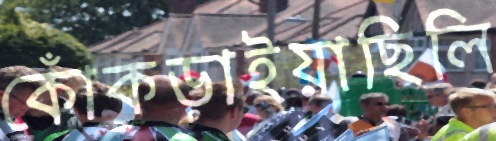
কোঁকড়াইয়াছিলি